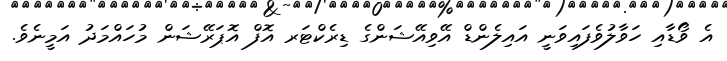
އެ ވޯޑާއި ހަވާލުވެފައިވަނީ އައިލެންޑް އޭވިއޭޝަންގެ ޑިރެކްޓަރ އޮފް އޮޕަރޭޝަން މުހައްމަދު އަމީނެވެ.